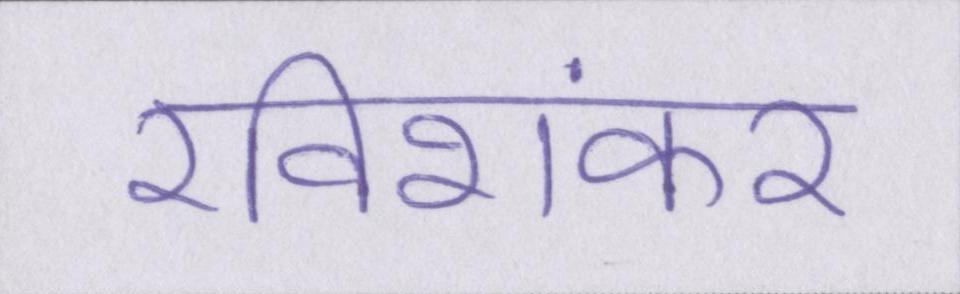
रविशंकर